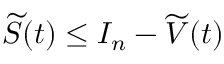
\widetilde { S } ( t ) \leq I _ { n } - \widetilde { V } ( t )